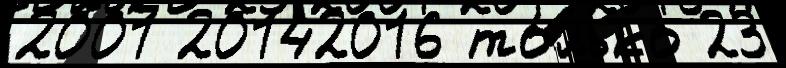
2001 20142016 то́лько 23